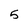
Character: 5